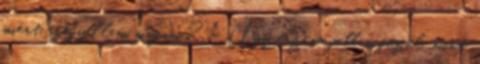
miért szégyellem magam? – Úgy érzem, jobban főzöl, mint